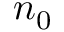
n _ { 0 }